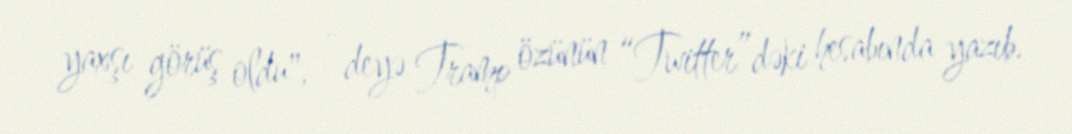
yaxşı görüş oldu", - deyə Tramp özünün “Twitter”dəki hesabında yazıb.